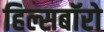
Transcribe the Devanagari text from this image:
हिल्सबॉरो